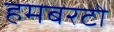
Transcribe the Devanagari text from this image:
हमबरटो